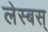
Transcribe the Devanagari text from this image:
लेस्बस्